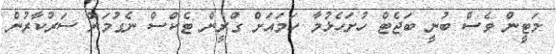
މަޓީން ވެސް ބުނީ ބަޖެޓް ހުށަހެޅުމާ ހަމައަށް ގްރީން ޓެކްސް ނެގުމަށް ސަރުކާރުން